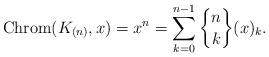
LaTeX: \begin{gather*}{\rm Chrom}(K_{(n)},x)= x^n = \sum_{k=0}^{n-1} {n \brace k } (x)_{k}.\end{gather*}